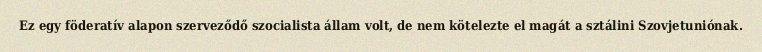
Ez egy föderatív alapon szerveződő szocialista állam volt, de nem kötelezte el magát a sztálini Szovjetuniónak.